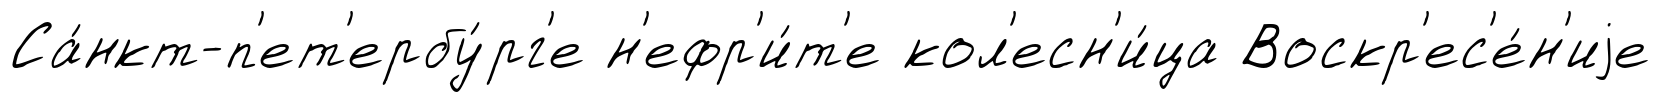
Са́нкт-п'ет'ербу́рг'е н'ефр'и́т'е кол'есн'и́ца Воскр'ес'е́н'иjе